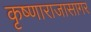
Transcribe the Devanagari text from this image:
कृष्णाराजासागर